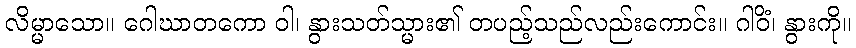
လိမ္မာသော။ ဂေါဃာတကော ဝါ၊ နွားသတ်သ္မား၏ တပည့်သည်လည်းကောင်း။ ဂါဝိံ၊ နွားကို။